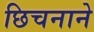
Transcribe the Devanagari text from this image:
छिचनाने